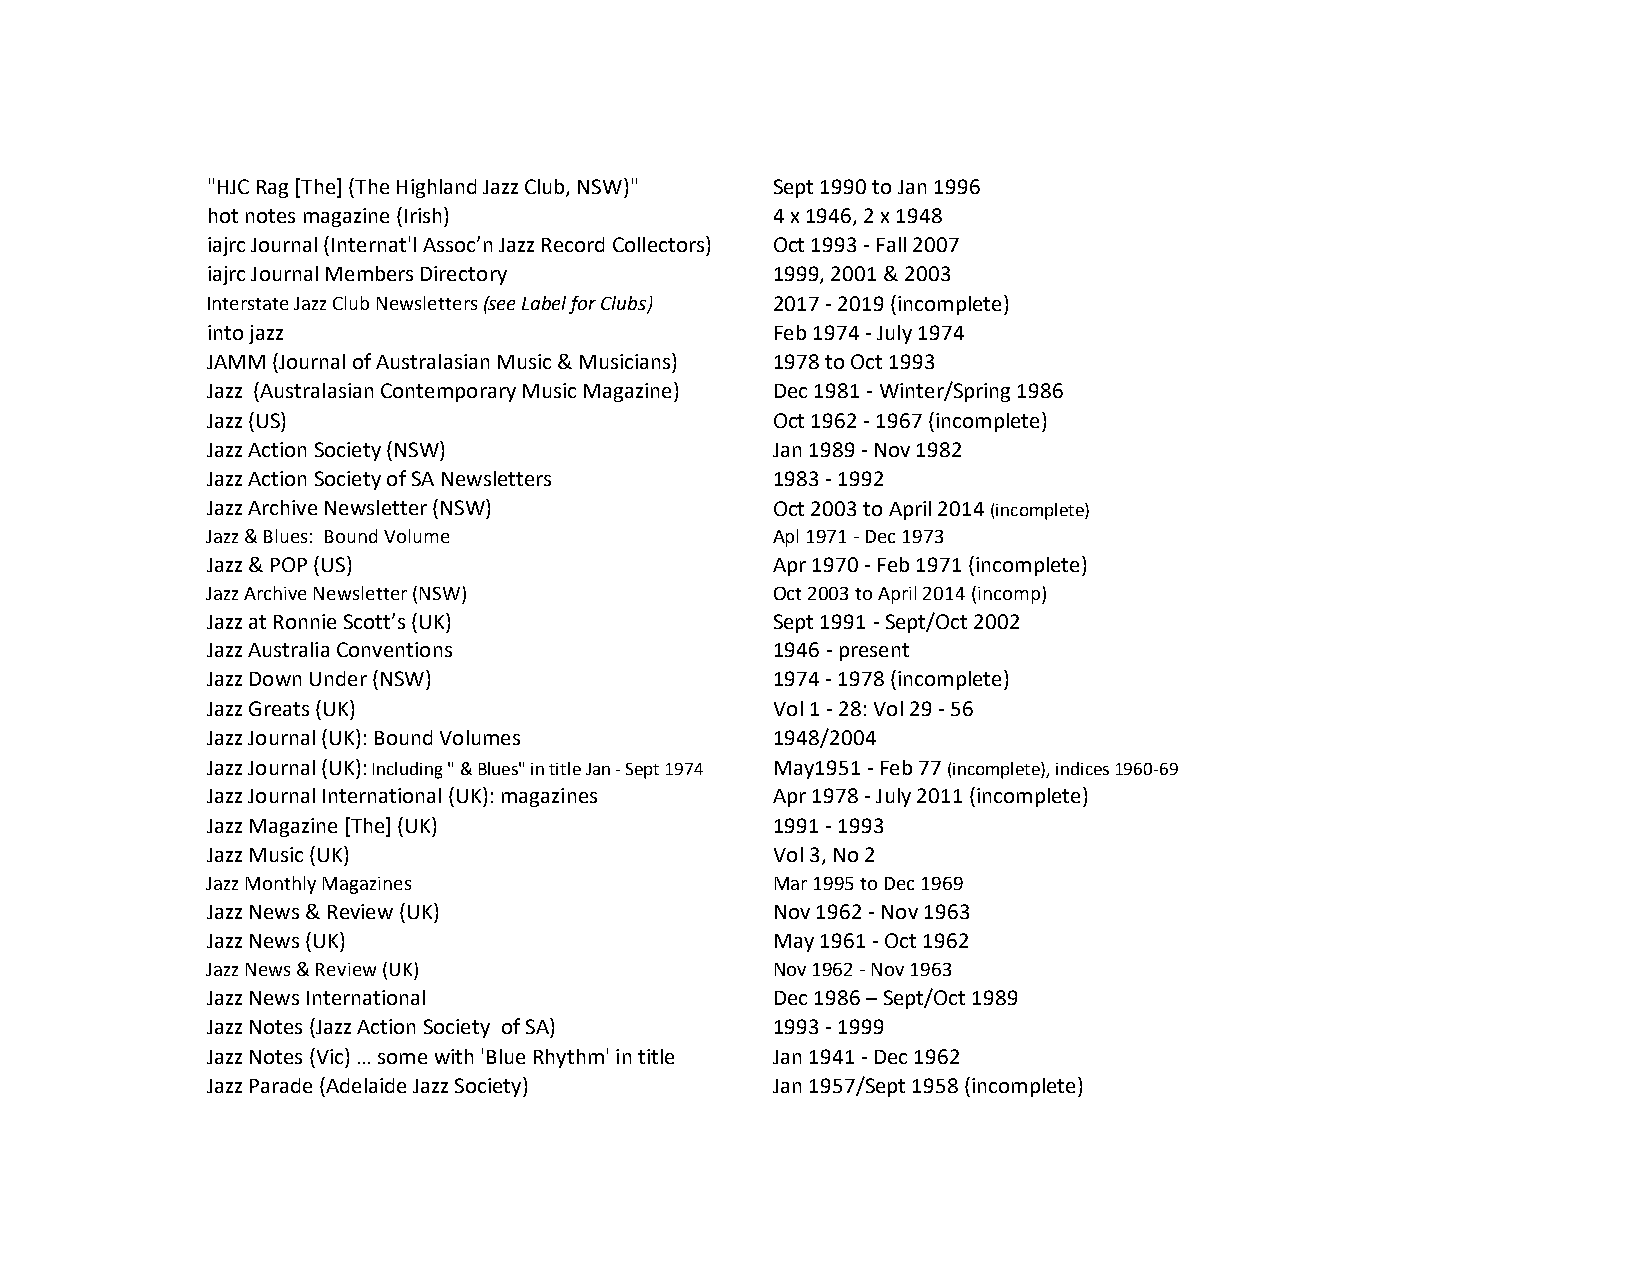
"HJC Rag [The] (The Highland Jazz Club, NSW)" Sept 1990 to Jan 1996
 hot notes magazine (Irish)            4 x 1946, 2 x 1948
 iajrc Journal (Internat'l Assoc’n Jazz Record Collectors) Oct 1993 - Fall 2007
 iajrc Journal Members Directory       1999, 2001 & 2003
 Interstate Jazz Club Newsletters (see Label for Clubs) 2017 - 2019 (incomplete)
 into jazz                             Feb 1974 - July 1974
 JAMM (Journal of Australasian Music & Musicians) 1978 to Oct 1993
 Jazz (Australasian Contemporary Music Magazine) Dec 1981 - Winter/Spring 1986
 Jazz (US)                             Oct 1962 - 1967 (incomplete)
 Jazz Action Society (NSW)             Jan 1989 - Nov 1982
 Jazz Action Society of SA Newsletters 1983 - 1992
 Jazz Archive Newsletter (NSW)         Oct 2003 to April 2014 (incomplete)
 Jazz & Blues: Bound Volume            Apl 1971 - Dec 1973
 Jazz & POP (US)                       Apr 1970 - Feb 1971 (incomplete)
 Jazz Archive Newsletter (NSW)         Oct 2003 to April 2014 (incomp)
 Jazz at Ronnie Scott’s (UK)           Sept 1991 - Sept/Oct 2002
 Jazz Australia Conventions            1946 - present
 Jazz Down Under (NSW)                 1974 - 1978 (incomplete)
 Jazz Greats (UK)                      Vol 1 - 28: Vol 29 - 56
 Jazz Journal (UK): Bound Volumes      1948/2004
 Jazz Journal (UK): Including " & Blues" in title Jan - Sept 1974 May1951 - Feb 77 (incomplete), indices 1960-69
 Jazz Journal International (UK): magazines Apr 1978 - July 2011 (incomplete)
 Jazz Magazine [The] (UK)              1991 - 1993
 Jazz Music (UK)                       Vol 3, No 2
 Jazz Monthly Magazines                Mar 1995 to Dec 1969
 Jazz News & Review (UK)               Nov 1962 - Nov 1963
 Jazz News (UK)                        May 1961 - Oct 1962
 Jazz News & Review (UK)               Nov 1962 - Nov 1963
 Jazz News International               Dec 1986 – Sept/Oct 1989
 Jazz Notes (Jazz Action Society of SA) 1993 - 1999
 Jazz Notes (Vic) … some with 'Blue Rhythm' in title Jan 1941 - Dec 1962
 Jazz Parade (Adelaide Jazz Society)   Jan 1957/Sept 1958 (incomplete)